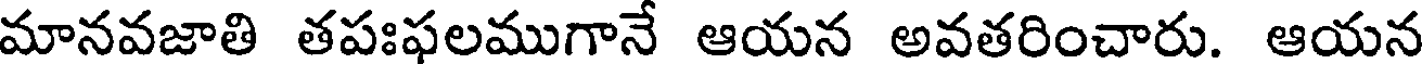
మానవజాతి తపఃఫలముగానే ఆయన అవతరించారు. ఆయన